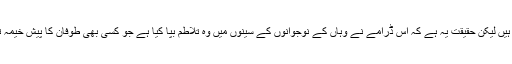
یہ تو ان کی باتیں ہیں لیکن حقیقت یہ ہے کہ اس ڈرامے نے وہاں کے نوجوانوں کے سینوں میں وہ تلاطم بپا کیا ہے جو کسی بھی طوفان کا پیش خیمہ ثابت ہو سکتا ہے۔